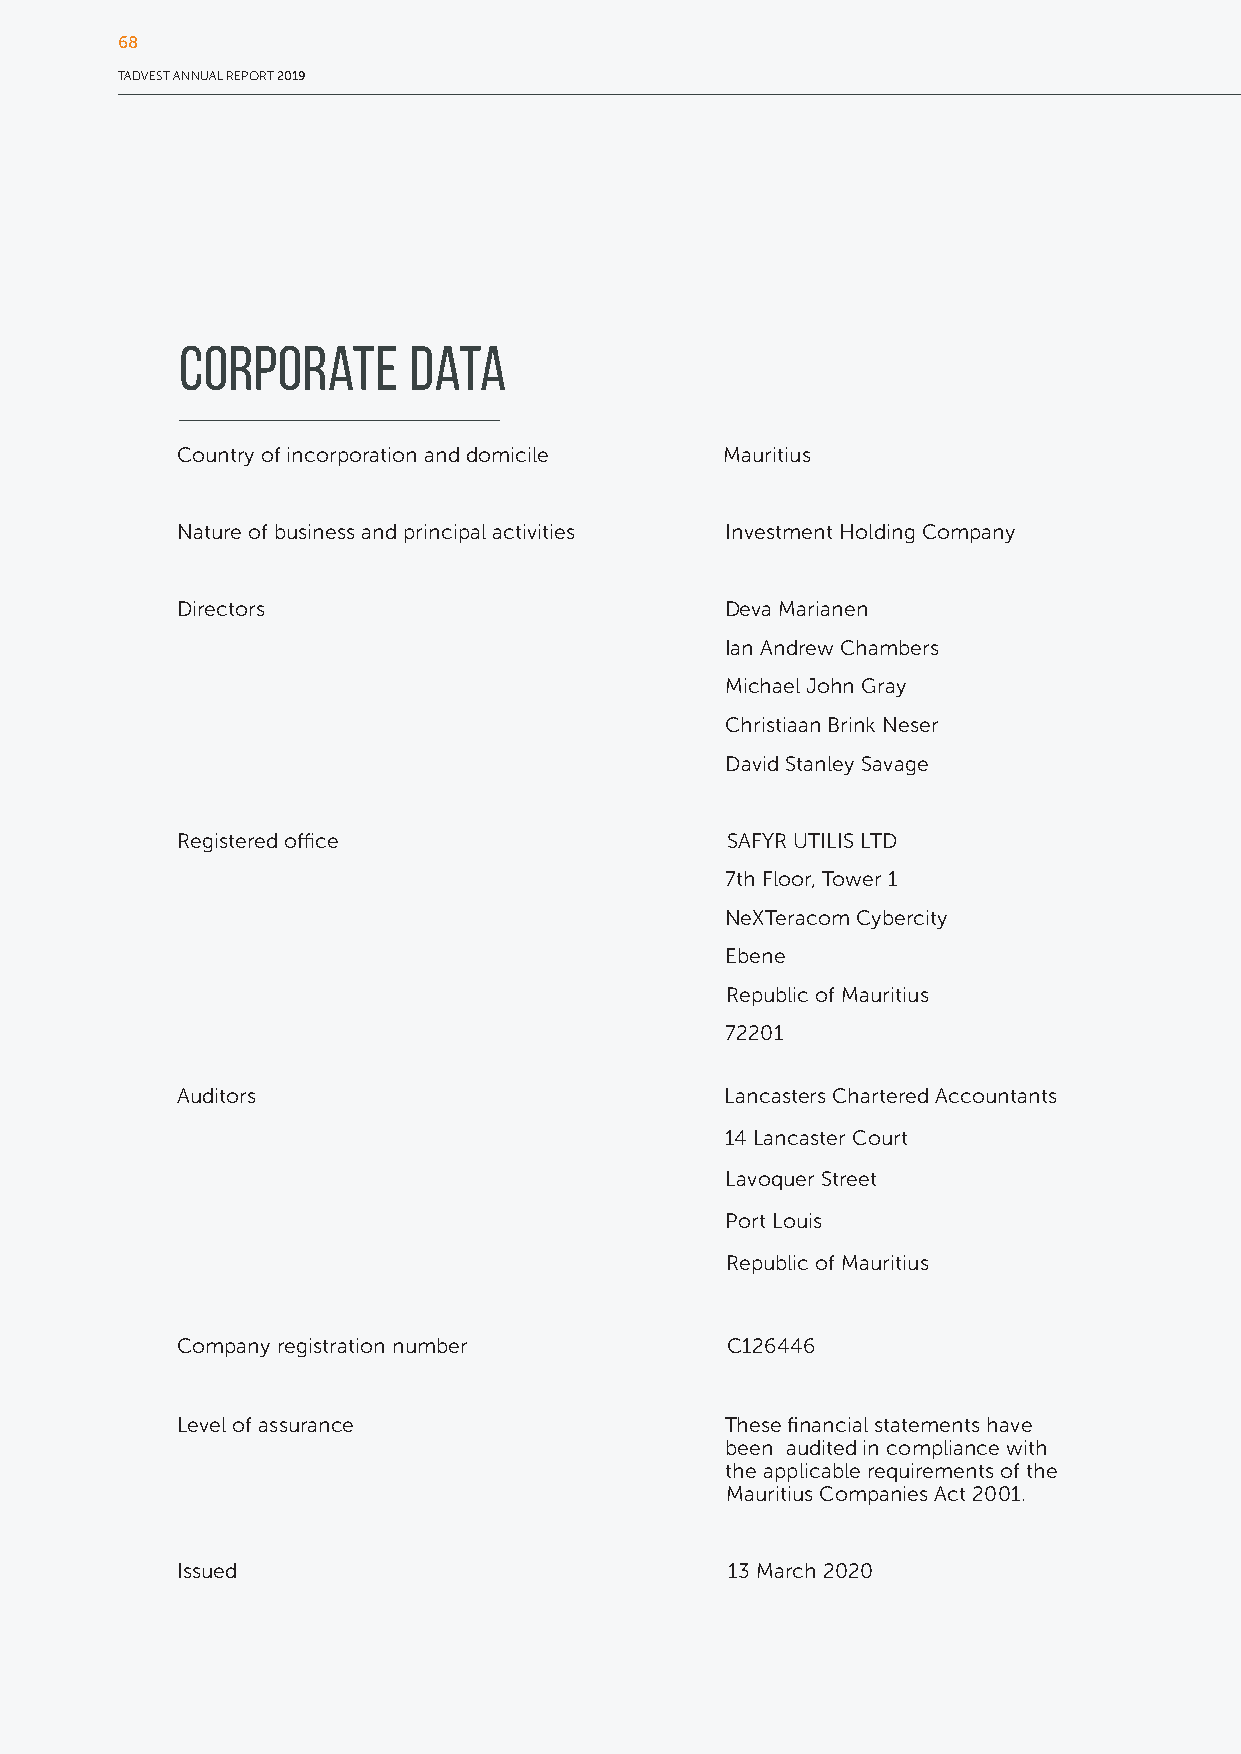
68
 TADVEST ANNUAL REPORT 2019
 Corporate      Data
 Country of incorporation and domicile Mauritius
 Nature of business and principal activities Investment Holding Company
 Directors                           Deva Marianen
 Ian Andrew Chambers
 Michael John Gray
 Christiaan Brink Neser
 David Stanley Savage
 Registered office                   SAFYR UTILIS LTD
 7th Floor, Tower 1
 NeXTeracom Cybercity
 Ebene
 Republic of Mauritius
 72201
 Auditors                            Lancasters Chartered Accountants
 14 Lancaster Court
 Lavoquer Street
 Port Louis
 Republic of Mauritius
 Company registration number         C126446
 Level of assurance                  These financial statements have
 been audited in compliance with
 the applicable requirements of the
 Mauritius Companies Act 2001.
 Issued                              13 March 2020